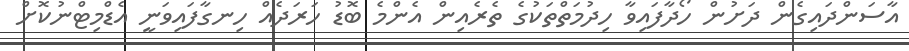
އާސަންދައިގެން ދަށުން ހޯދާފައިވާ ހިދުމަތްތަކުގެ ތެރެއިން އެންމެ ބޮޑު ހަރަދެއް ހިނގާފައިވަނީ އެޑްމިޓްނުކޮށް